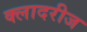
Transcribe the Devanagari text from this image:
क्लादरीज